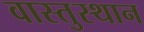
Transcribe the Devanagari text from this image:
वास्तुस्थान